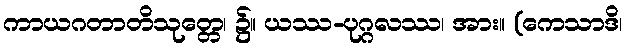
ကာယဂတာတိသုတ္တေ၊ ၌။ ယဿ-ပုဂ္ဂလဿ၊ အား။ (ကေသာဒိ၊